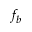
f _ { b }